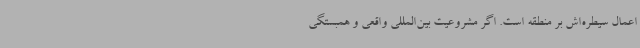
اعمال سیطره‌اش بر منطقه است. اگر مشروعیت بین‌المللی واقعی و همبستگی